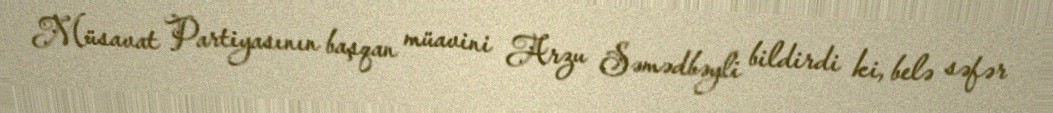
Müsavat Partiyasının başqan müavini Arzu Səmədbəyli bildirdi ki, belə səfər